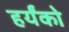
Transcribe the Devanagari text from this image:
हर्यंको